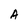
Character: A